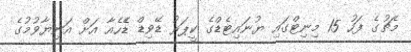
މެޗުގެ ފަހު 15 މިނިޓްގައި ޔުނައިޓެޑްގެ ކީޕަރު ޑޭވިޑް ޑެެހެއާ އަށް އަނިޔާވުމުގެ